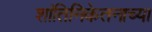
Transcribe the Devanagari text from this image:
शांतिनिकेतनाच्या